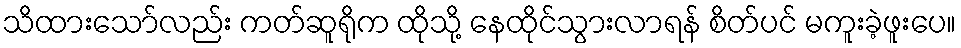
သိထားသော်လည်း ကတ်ဆူရိုက ထိုသို့ နေထိုင်သွားလာရန် စိတ်ပင် မကူးခဲ့ဖူးပေ။